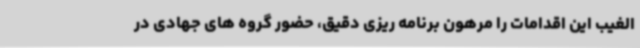
الغیب این اقدامات را مرهون برنامه ریزی دقیق، حضور گروه های جهادی در